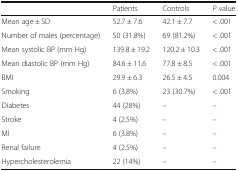
|  | Patients | Controls | P value |
 | --- | --- | --- | --- |
 | Mean age ± SD | 52.7 ± 7.6 | 42.1 ± 7.7 | < .001 |
 | Number of males (percentage) | 50 (31.8%) | 69 (81.2%) | < .001 |
 | Mean systolic BP (mm Hg) | 139.8 ± 19.2 | 120.2 ± 10.3 | < .001 |
 | Mean diastolic BP (mm Hg) | 84.6 ± 11.6 | 77.8 ± 8.5 | < .001 |
 | BMI | 29.9 ± 6.3 | 26.5 ± 4.5 | 0.004 |
 | Smoking | 6 (3.8%) | 23 (30.7%) | < .001 |
 | Diabetes | 44 (28%) | – | – |
 | Stroke | 4 (2.5%) | – | – |
 | MI | 6 (3.8%) | – | – |
 | Renal failure | 4 (2.5%) | – | – |
 | Hypercholesterolemia | 22 (14%) | – | – |